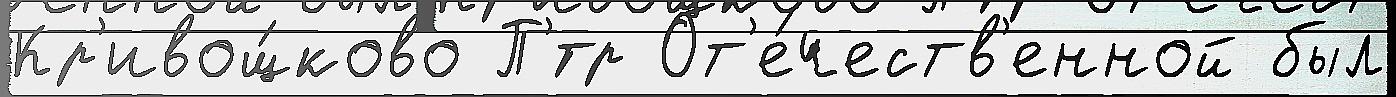
Кр'ивощ́ково П'́тр От'е́честв'енной был